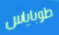
طوباياس